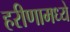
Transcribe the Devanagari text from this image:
हरीणामध्ये